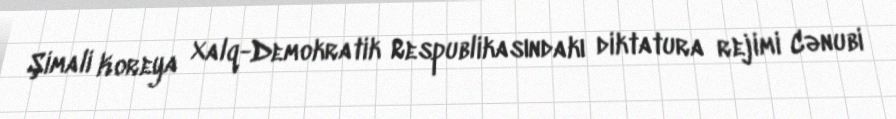
Şimali Koreya Xalq-Demokratik Respublikasındakı diktatura rejimi Cənubi